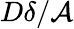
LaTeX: D\delta/\mathcal{A}